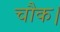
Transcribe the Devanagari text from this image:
चौक।